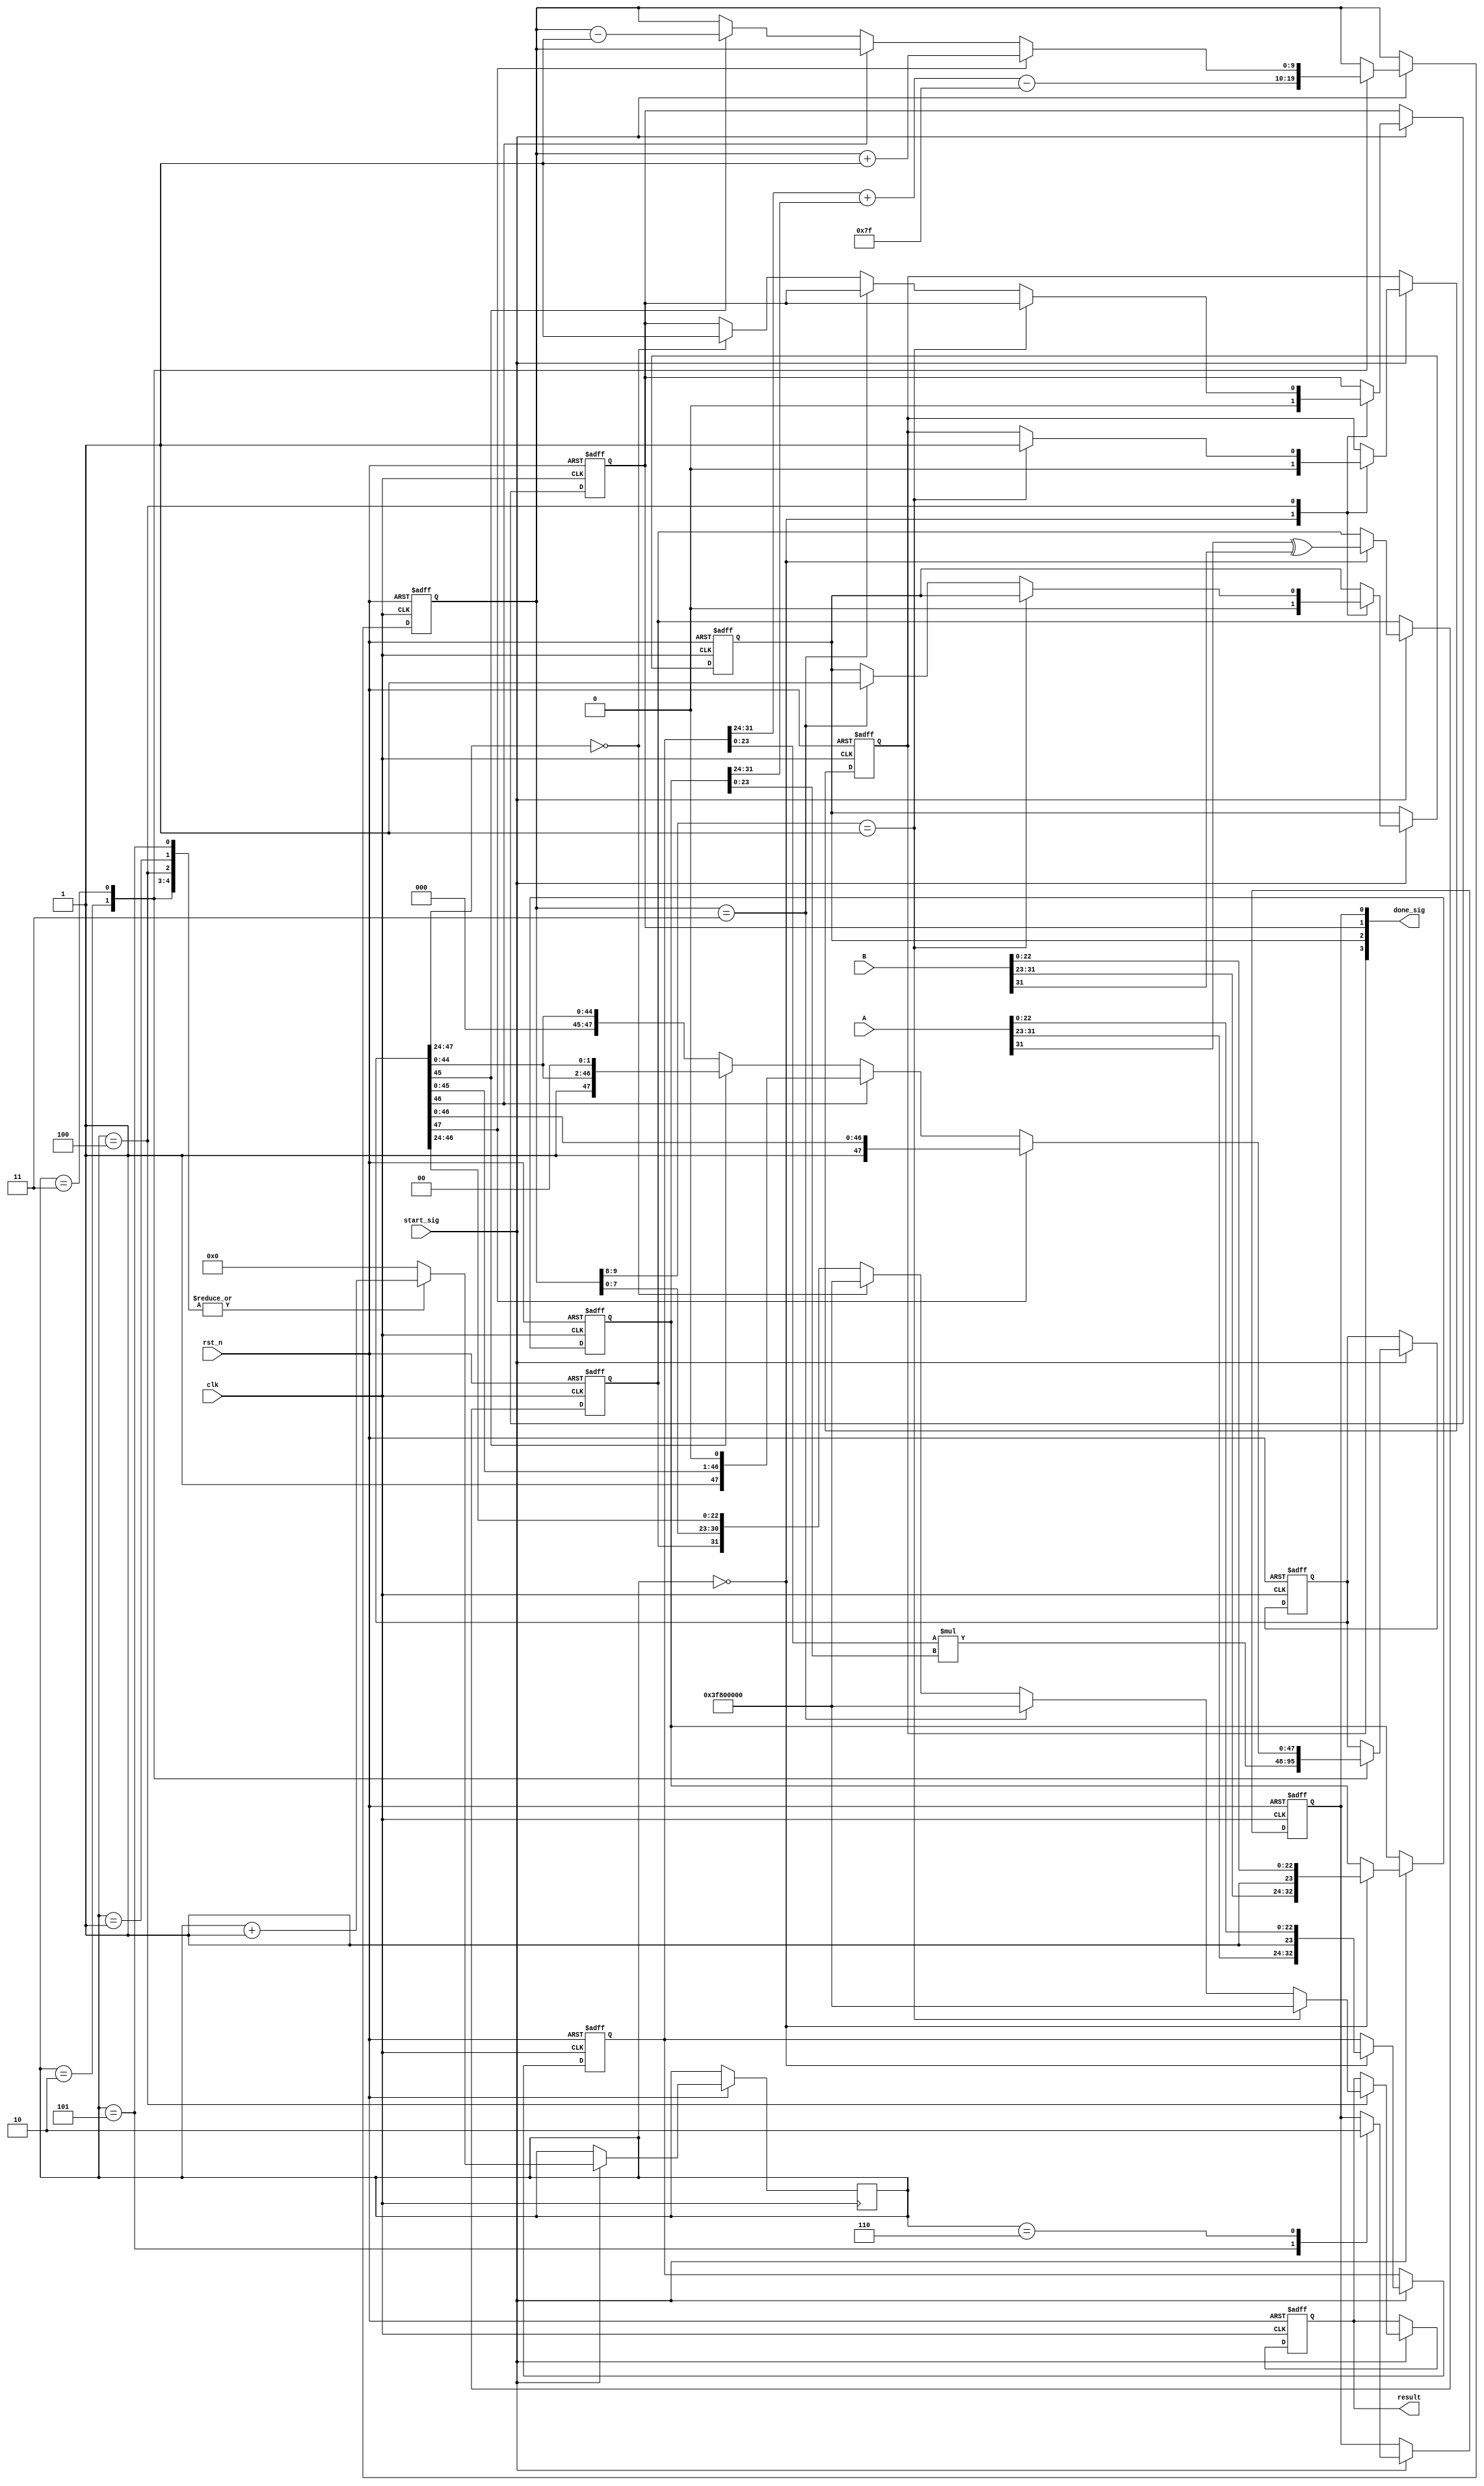
module multiplyer(
    clk,
    rst_n,
    A,
    B,
    result,
    start_sig,
    done_sig
);
    input   clk;
    input   rst_n;
    input   [31:0]A;
    input   [31:0]B;
    input   start_sig;

    output  [31:0]result;
    output  [3:0]done_sig;

    reg     [32:0]rA;//{A[31:23],1'b1,A[22:0]}
    reg     [32:0]rB;//{B[31:23],1'b1,B[22:0]}

    reg     rSign;
    reg     [9:0]rExp;//[9:8]overflow or underflow [7:0]
    reg     [47:0]rM;
    reg     [31:0]rResult;
    reg     isOver;
    reg     isUnder;
    reg     isZero;
    reg     isDone;
    

    reg     [4:0]i;

    assign  done_sig = {isOver,isUnder,isZero,isDone};
    assign  result = rResult;
    always@(posedge clk or negedge rst_n)
    if(!rst_n)
    begin
        rA <= 0;//{A[31:23],1'b1,A[22:0]}
        rB <= 0;//{B[31:23],1'b1,B[22:0]}

        rSign <= 0;
        rExp <= 0;//[9:8]overflow or underflow [7:0]
        rM <= 0;
        rResult <= 0;
        isOver <= 0;
        isUnder <= 0;
        isZero <= 0;
        isDone <= 0;
    end
    else if(start_sig)
    begin
        case (i)
            0://
            begin
                rA <= {A[31:23],1'b1,A[22:0]};
                rB <= {B[31:23],1'b1,B[22:0]};

                rSign <= A[31]^B[31];
                //rExp <= A[30:23]+B[30:23]-8'd127+1'b1;
                //rM <= {1'b1,A[22:0]}*{1'b1,B[22:0]};
                isOver <= 1'b0;
                isUnder <= 1'b0;
                isZero <= 1'b0;
                i <= i + 1'b1;
            end
            1:
            begin
                if(rA[31:24]==rB[31:24]&&(rA[22:0]!=23'd0 && rB[22:0]!=23'd0)||rA[32]^rB[32])
                begin
                    // rB[31:24]<= rB[31:24]+1'b1;
                    // rB[23:0]<=rB[23:0]>>1;
                end
                i <= i+ 1'b1;

            end
            2:
            begin
                rExp <= rA[31:24]+rB[31:24]-8'd127;
                rM <= rA[23:0]*rB[23:0];
                i <= i+1'b1;
            end
            3:
            begin
                if(rM[47] ==  1'b1) 
                begin
                    rM <= rM;
                    rExp <= rExp + 1'b1;
                end
                else if(rM[46] ==  1'b1)
                begin
                    rM <= rM << 1;
                    //rExp <= rExp -1'b1;
                end else if(rM[45]==1'b1)
                begin
                    rM <= rM << 2;
                    rExp <= rExp - 1'b1;
                end
                i <= i+1'b1;
            end
            4:
            begin
                if(rExp[9:8]==2'b01)
                begin
                    isOver <= 1'b1;
                    rResult <= {1'b0,8'd127,23'd0};
                end else if(rExp==2'b11)
                begin
                    isUnder <= 1'b1;
                    rResult <= {1'b0,8'd127,23'd0};
                end else if(rM[47:24]==24'd0)
                begin
                    isZero <= 1'b1;
                    rResult <= {1'b0,8'd127,23'd0};
                end else if(rM[23]== 1'b1)//
                    rResult <= {rSign,rExp[7:0],rM[46:24]};//+1'b1};
                else
                    rResult <= {rSign,rExp[7:0],rM[46:24]};
                i <= i+1'b1;
            end
            5:
            begin
                isDone <= 1'b1;
                i <= i+1'b1;
            end
            6:
            begin
                isDone <= 1'b0;
                i <= 0;
            end
            default:i <= 0;
        endcase
    end
endmodule